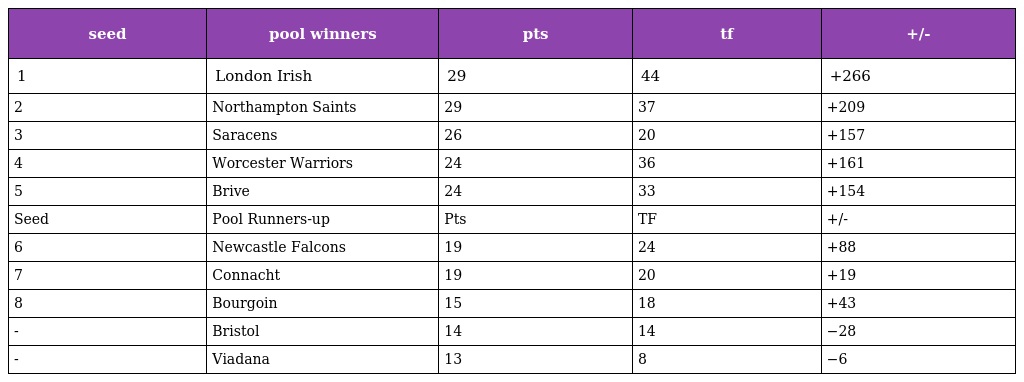
| seed | pool winners | pts | tf | +/- |
 | --- | --- | --- | --- | --- |
 | 1 | London Irish | 29 | 44 | +266 |
 | 2 | Northampton Saints | 29 | 37 | +209 |
 | 3 | Saracens | 26 | 20 | +157 |
 | 4 | Worcester Warriors | 24 | 36 | +161 |
 | 5 | Brive | 24 | 33 | +154 |
 | Seed | Pool Runners-up | Pts | TF | +/- |
 | 6 | Newcastle Falcons | 19 | 24 | +88 |
 | 7 | Connacht | 19 | 20 | +19 |
 | 8 | Bourgoin | 15 | 18 | +43 |
 | - | Bristol | 14 | 14 | −28 |
 | - | Viadana | 13 | 8 | −6 |